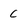
Character: C